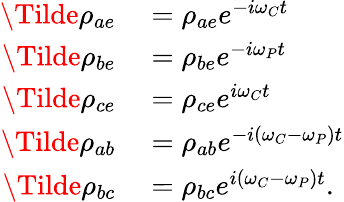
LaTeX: \begin{array}{rl}{\Tilde{\rho}_{ae}}&{{}=\rho_{ae}e^{-i\omega_{C}t}}\\ {\Tilde{\rho}_{be}}&{{}=\rho_{be}e^{-i\omega_{P}t}}\\ {\Tilde{\rho}_{ce}}&{{}=\rho_{ce}e^{i\omega_{C}t}}\\ {\Tilde{\rho}_{ab}}&{{}=\rho_{ab}e^{-i(\omega_{C}-\omega_{P})t}}\\ {\Tilde{\rho}_{bc}}&{{}=\rho_{bc}e^{i(\omega_{C}-\omega_{P})t}.}\end{array}